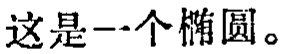
这是一个椭圆。